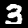
Label: 3